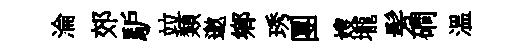
淪郊馿竝類邀鄕琇團嫂壠髣磵温